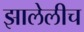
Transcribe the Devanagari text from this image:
झालेलीच